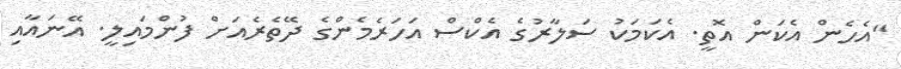
"އެހެން އެކަން އޮތީ. އެކަމަކު ސަލާރުގެ އެކްސް އަހަރެމެންގެ ދޭތެރެއަށް ފުންމައިލީ. އޭނައާއި